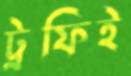
ট্রফিই